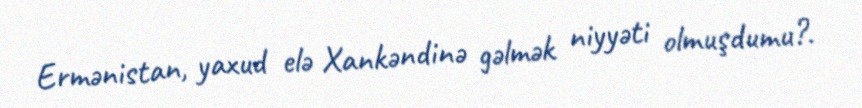
Ermənistan, yaxud elə Xankəndinə gəlmək niyyəti olmuşdumu?.